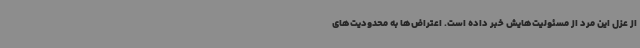
از عزل این مرد از مسئولیت‌هایش خبر داده است. اعتراض‌ها به محدودیت‌های